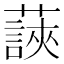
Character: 䕛